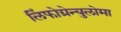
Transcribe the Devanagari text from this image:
लिंफोग्रेन्युलोमा